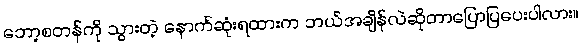
ဘော့စတန်ကို သွားတဲ့ နောက်ဆုံးရထားက ဘယ်အချိန်လဲဆိုတာပြောပြပေးပါလား။